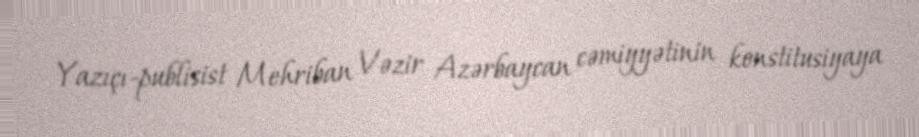
Yazıçı-publisist Mehriban Vəzir Azərbaycan cəmiyyətinin konstitusiyaya